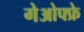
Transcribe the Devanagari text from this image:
गेओफ्फ्रे